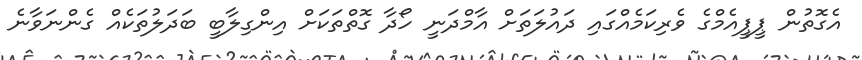
އެގޮތުން ޕީޕީއެމްގެ ވެރިކަމެއްގައި ދައުލަތަށް އާމްދަނީ ހޯދާ ގޮތްތަކަށް އިންގިލާބީ ބަދަލުތަކެއް ގެންނަވާނެ